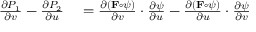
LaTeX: \begin{array} { r l r l } { { \frac { \partial P _ { 1 } } { \partial v } } - { \frac { \partial P _ { 2 } } { \partial u } } } & { { } = { \frac { \partial ( \mathbf { F } \circ \psi ) } { \partial v } } \cdot { \frac { \partial \psi } { \partial u } } - { \frac { \partial ( \mathbf { F } \circ \psi ) } { \partial u } } \cdot { \frac { \partial \psi } { \partial v } } } \end{array}